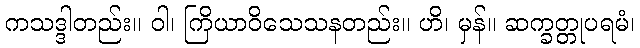
ကသဒ္ဒါတည်း။ ဝါ၊ ကြိယာဝိသေသနတည်း။ ဟိ၊ မှန်။ ဆက္ခတ္တုပရမံ၊